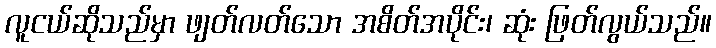
လူငယ်ဆိုသည်မှာ ဖျတ်လတ်သော အစိတ်အပိုင်း၊ ဆုံး ဖြတ်လွယ်သည်။